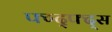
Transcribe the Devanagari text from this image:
फ्ग्द्फ्द्स